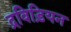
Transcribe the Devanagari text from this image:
द्रविड़ियन